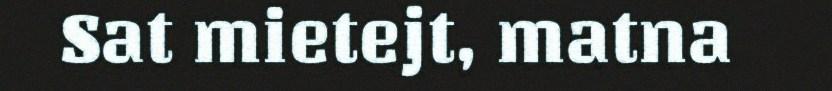
Sat mietejt, matna